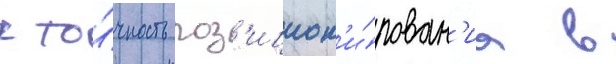
к то́чность поз'ицион'и́рован'иа в